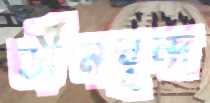
ডীনবৃন্দ